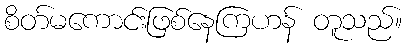
စိတ်မကောင်းဖြစ်နေကြဟန် တူသည်။